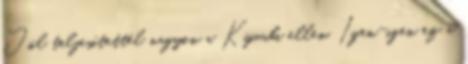
Jól teljesítettél nagyon a Kyuubi ellen. Igen-igen ez a